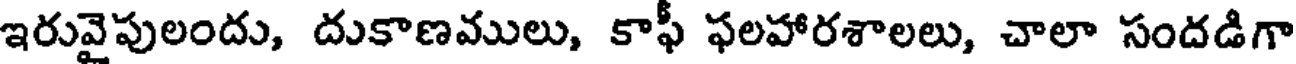
ఇరువైపులందు, దుకాణములు, కాఫీ ఫలహారశాలలు, చాలా సందడిగా